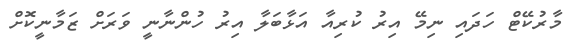
މާރުކޭޓް ހަދައި ނިމޭ އިރު ކުރިއާ އަޅާބަލާ އިރު ހުންނާނީ ވަރަށް ޒަމާނީކޮށް